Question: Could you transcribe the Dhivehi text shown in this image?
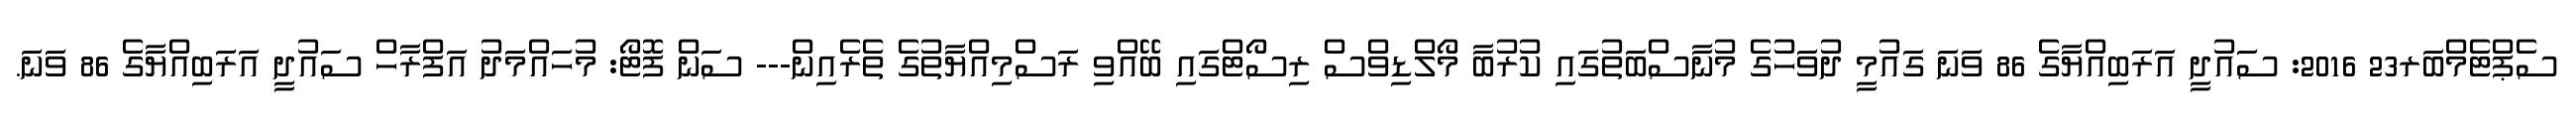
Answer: ސެޕްޓެމްބަރ23 2016: ސައުދީ އަރަބިއްޔާގެ 86 ވަނަ ގައުމީ ދުވަހުގެ މުނާސްބަތުގައި ކުރުބާ މޯލްޑިވްސް ރިސޯޓްގައި ބޭއްވި ރަސްމިއްޔާތުގެ ތެރެއިން--- ސަން ފޮޓޯ: މުހައްމަދު އަފްރާހް ސައުދީ އަރަބިއްޔާގެ 86 ވަނަ.